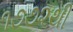
૧૭૭૨થી